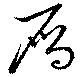
雁